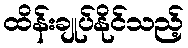
ထိန်းချုပ်နိုင်သည့်